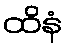
ထိနံ